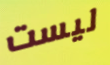
ليست